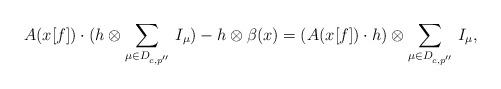
LaTeX: \begin{align*} A(x[f]) \cdot (h\otimes \sum_{\mu \in D_{c, p''}}\, I_\mu) - h\otimes \beta (x)= (A(x[f])\cdot h)\otimes \sum_{\mu \in D_{c, p''}}\, I_\mu, \end{align*}